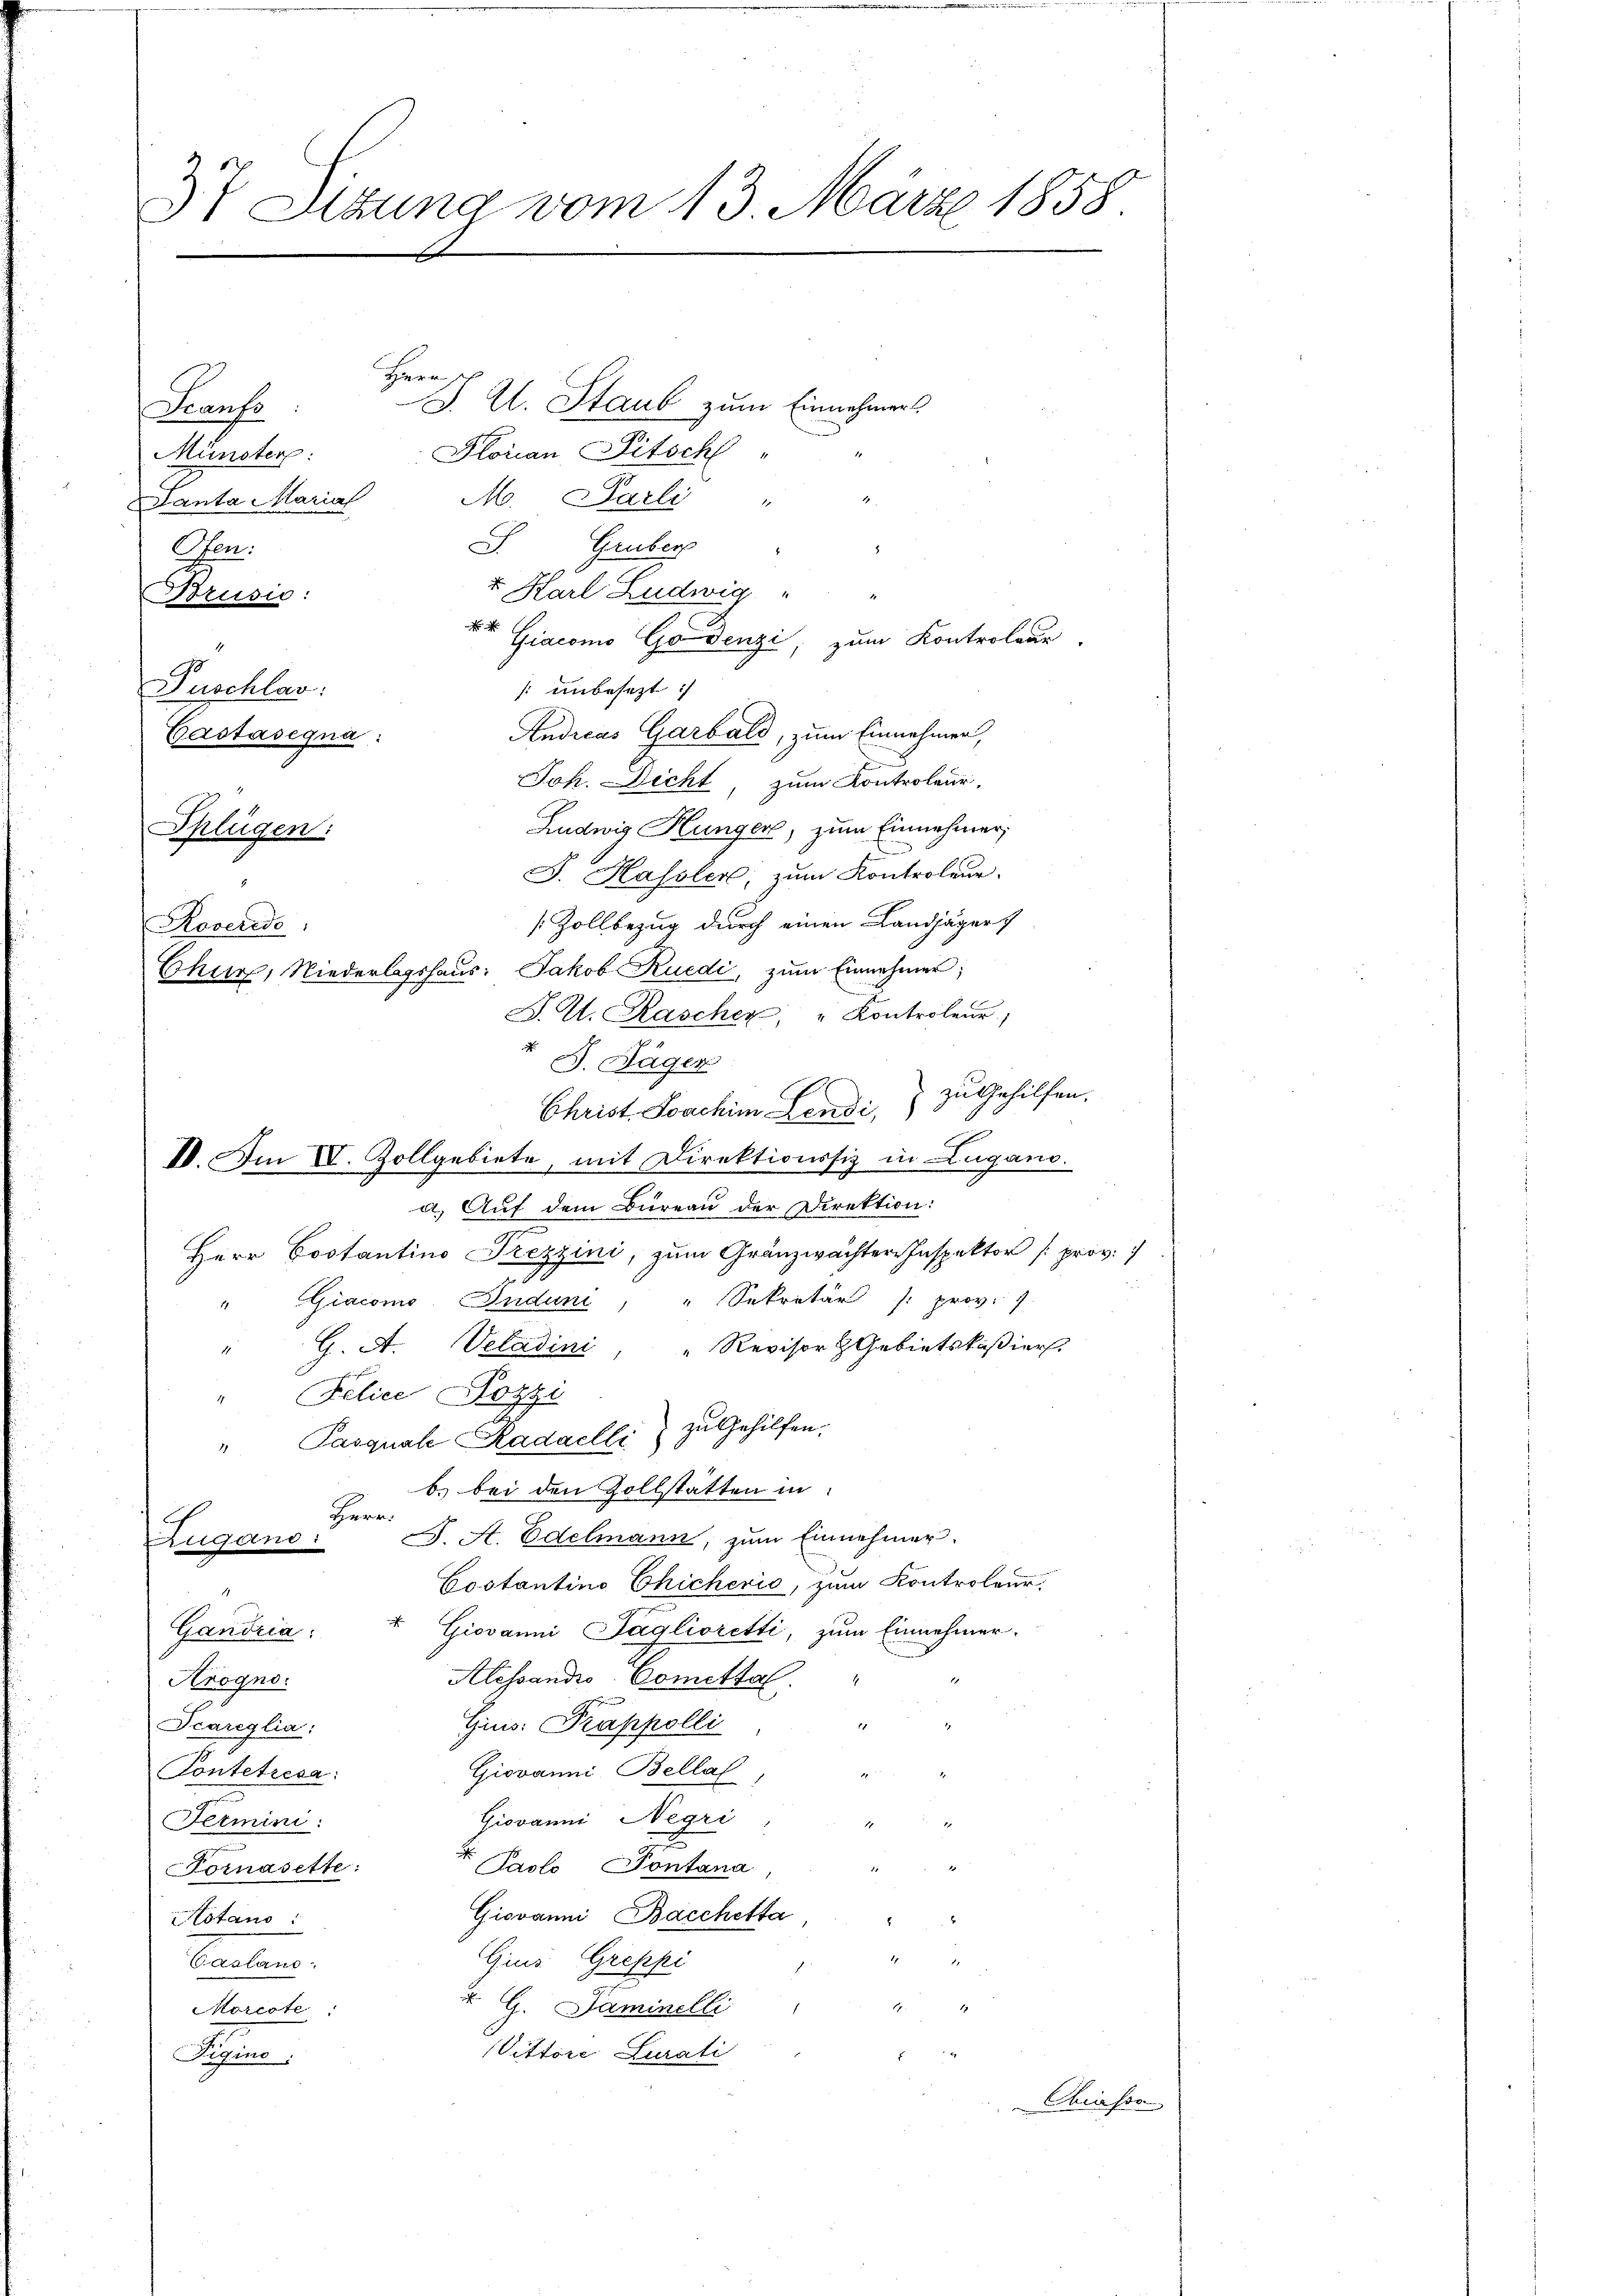
3t Setzung vom 13. März 1858

Hern sch
Scanfs:
Plorian Pitsch
Münster:
Zanta Maria M. Parli " "
Gruber
Pen.
x Karl Ludwig
Brusio:
E Giacomo Go Denzi, zum Kontroleur
 unbesezt:
Puschlar:
Andicus Garbald, zum Einnehmen,
Bastasegua:
Joh. Dicht, zum Kontroleur,
Ludwig Hungen, zum Einnehmer,
Splügen:
J. Hassler, zum Kontroleue.
[Zollbezug durch einen Landjäger
Roveredo,
Chur, Niederlagshaus: Jakob Ruedi, zum Einnehmer;
J. A. Raschen, " Kontroleur;
J. Däger
Christ. Soachim Landi, 7 zu Gehilfen
V. Am VV. Zollgebiete, mit Direktionssiz in Lugano.
a) Auf dem Büreau der Direktion:
Herr Costantino Trezzini, zum Gränzwächter Inspektor prov. 1
" Giacomo Induni, " Sekretär (: prov. 7.
" G. A. Veladini, " Revisor & Gebietskaßiers
" Eelice Kozzi
Pasquale Kadaelli zu Gehilfen.
1
b. bei den Zollstatten in
Herr
J. A. Edelmann, zum Einnehmer.
Zugand:
Costantino Chicheris, zum Kontroleur.
Gandria: " Giovanni Taglioretti, zum Einnehmer
Alessandis-Comittal.
Arogno
Gins: Trappolli
Scareglia:
Giovanni Bella
Contetresa:
Giovanni Negri
Fermini
Paslo Pontana,
Fornasette:
Giovanni, Bacchetta
Aotano
Gius Greppi
Bauten.
S
 G. Saminelli
Morcote:
Vittore Curati
Sign

J. A. Staub zum Einnehmers

z

Chiasso